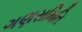
ગણસમિતિ